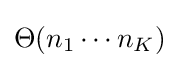
\Theta (n_{1}\cdots n_{K})